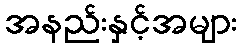
အနည်းနှင့်အများ